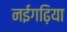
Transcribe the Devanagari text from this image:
नईगढ़िया